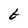
Character: t